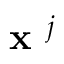
\textbf { x } ^ { j }